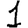
Digit: 1